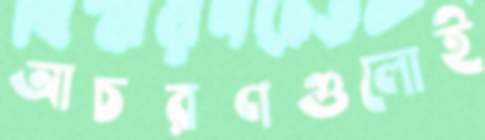
আচরণগুলোই